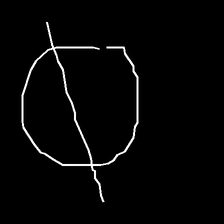
Glyph: orb